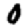
Digit: 0